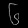
Digit: ၆